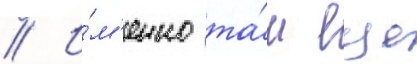
// И́м'енно та́м еще